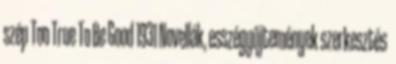
szép Too True To Be Good 1931 Novellák, esszégyűjtemények szerkesztés